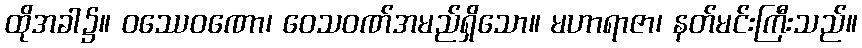
ထိုအခါ၌။ ဝဿေဝဏော၊ ဝေသဝဏ်အမည်ရှိသော။ မဟာရာဇာ၊ နတ်မင်းကြီးသည်။